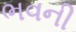
ભવની